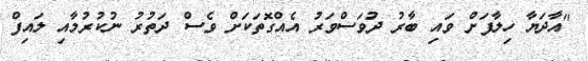
"އާދަޔާ ހިލާފަށް ވައި ބާރު ދުވަސްވަރު އެއްގޮތަކަށް ވެސް ދަތުރު ނުކުރުމާއި ލައިފް